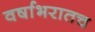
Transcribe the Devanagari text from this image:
वर्षाभरातच